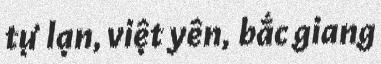
tự lạn, việt yên, bắc giang